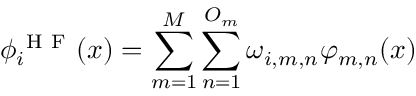
\phi _ { i } ^ { \mathrm { ~ H ~ F ~ } } ( x ) = \sum _ { m = 1 } ^ { M } \sum _ { n = 1 } ^ { O _ { m } } \omega _ { i , m , n } \varphi _ { m , n } ( x )